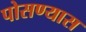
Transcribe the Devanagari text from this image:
पोसण्यास